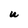
Character: U